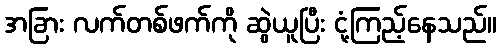
အခြား လက်တစ်ဖက်ကို ဆွဲယူပြီး ငုံ့ကြည့်နေသည်။